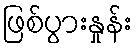
ဖြစ်ပွားနှုန်း